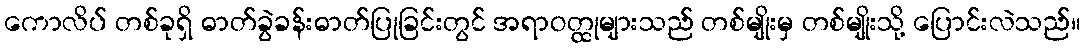
ကောလိပ် တစ်ခုရှိ ဓာတ်ခွဲခန်းဓာတ်ပြုခြင်းတွင် အရာဝတ္ထုများသည် တစ်မျိုးမှ တစ်မျိုးသို့ ပြောင်းလဲသည်။